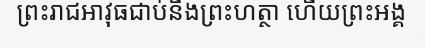
ព្រះរាជអាវុធជាប់នឹងព្រះហត្ថា ហើយព្រះអង្គ